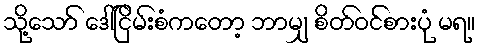
သို့သော် ဒေါ်ငြိမ်းစံကတော့ ဘာမျှ စိတ်ဝင်စားပုံ မရ။